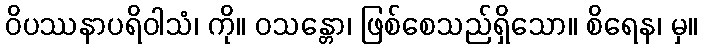
ဝိပဿနာပရိဝါသံ၊ ကို။ ဝသန္တော၊ ဖြစ်စေသည်ရှိသော။ စိရေန၊ မှ။